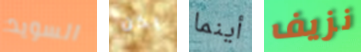
السويد يكن أينما نزيف